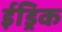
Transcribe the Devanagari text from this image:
ईड्रिक